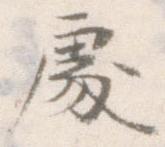
処